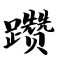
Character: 躜